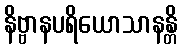
နိဗ္ဗာနပရိယောသာနန္တိ